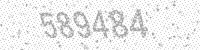
Solution: 589484